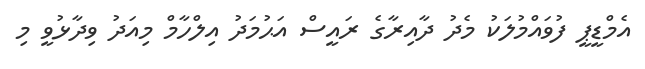
އެމްޑީޕީ ފުވައްމުލަކު މެދު ދާއިރާގެ ރައީސް އަޙުމަދު އިލްހާމް މިއަދު ވިދާޅުވީ މި